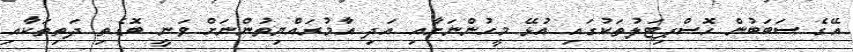
އޭގެ ސަބަބުން ހޮސްޕިޓަލުތަކުގައި އުޅޭ މީހުންނަށާއި އަދި އާމުރައްޔިތުންނަށް ވަނީ ބޮޑެތި ދަތިތަކާއި